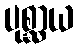
ပုစ္ဆာယ